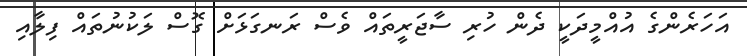
އަހަރެންގެ އުއްމީދަކީ ދެން ހުރި ސާޖަރީތައް ވެސް ރަނގަޅަށް ގޮސް ލަކުނުތައް ފިލާއި